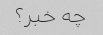
چه خبر؟